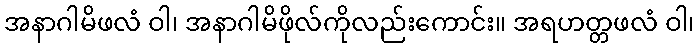
အနာဂါမိဖလံ ဝါ၊ အနာဂါမိဖိုလ်ကိုလည်းကောင်း။ အရဟတ္တဖလံ ဝါ၊